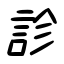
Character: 診